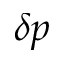
\delta p